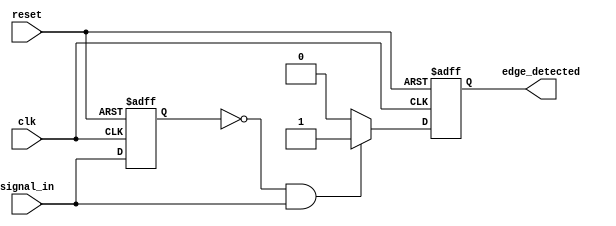
module rising_edge_detector (
    input wire clk,               // Clock input
    input wire reset,             // Asynchronous reset
    input wire signal_in,         // Input signal to detect rising edge
    output reg edge_detected       // Output signal indicating edge detection
);

    reg previous_state;           // Register to hold the previous state of signal_in

    // On every rising edge of the clock or when reset is high
    always @(posedge clk or posedge reset) begin
        if (reset) begin
            previous_state <= 1'b0;  // Initialize previous_state to 0 on reset
            edge_detected <= 1'b0;    // Initialize edge_detected to 0 on reset
        end else begin
            // Edge detection logic
            if (previous_state == 1'b0 && signal_in == 1'b1) begin
                edge_detected <= 1'b1;  // Rising edge detected
            end else begin
                edge_detected <= 1'b0;    // No rising edge detected
            end
            
            // Update previous_state for the next clock cycle
            previous_state <= signal_in;
        end
    end

endmodule